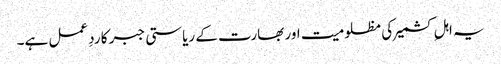
یہ اہلِ کشمیر کی مظلومیت اور بھارت کے ریاستی جبر کا ردِ عمل ہے۔